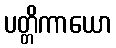
ပတ္တိကာယော